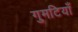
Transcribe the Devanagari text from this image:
गुमटियाँ